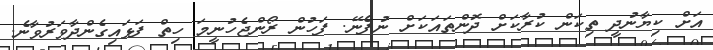
އަށް ކިޔާނުދީ ތިކަން ކުރާކަށް ދޮންތައަކަށް ނުފެނޭ. ފަހުން ރޯންޖެހުނީމަ ހިތް ފަޅައިގެންދާވަރުވާނެ.